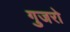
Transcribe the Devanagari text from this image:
गुजरो